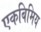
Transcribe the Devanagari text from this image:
एकबिमिय